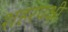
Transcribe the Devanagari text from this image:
शहरपक्षी